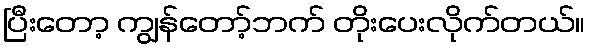
ပြီးတော့ ကျွန်တော့်ဘက် တိုးပေးလိုက်တယ်။